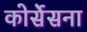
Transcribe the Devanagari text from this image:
कोर्सेसना